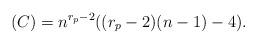
LaTeX: \begin{align*}(C) = n^{r_{p}-2}((r_{p}-2)(n-1)-4).\end{align*}